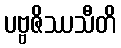
ပဗ္ဗဇိဿသီတိ